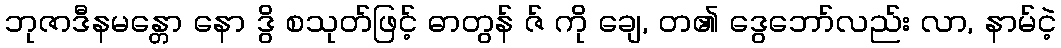
ဘုဇာဒီနမန္တော နော ဒွိ စသုတ်ဖြင့် ဓာတွန် ဇ် ကို ချေ, တ၏ ဒွေဘော်လည်း လာ, နာမ်ငဲ့